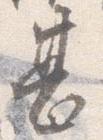
甚